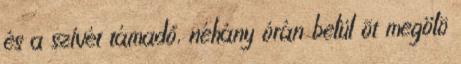
és a szívét támadó, néhány órán belül õt megölõ